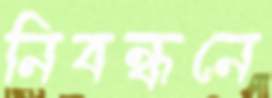
নিবন্ধনে